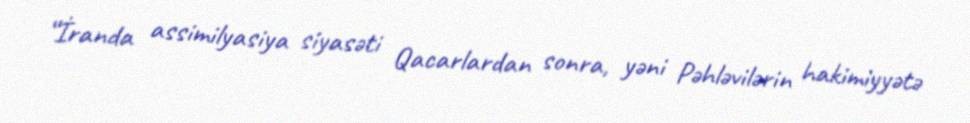
“İranda assimilyasiya siyasəti Qacarlardan sonra, yəni Pəhləvilərin hakimiyyətə